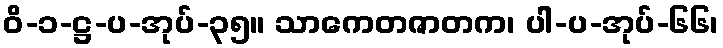
ဝိ-၁-ဋ္ဌ-ပ-အုပ်-၃၅။ သာကေတဇာတက၊ ပါ-ပ-အုပ်-၆၆၊